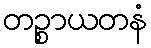
တဉ္စာယတနံ